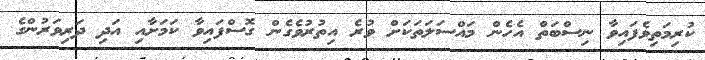
ކުރިމަތިވެފައިވާ ނިސްބަތް އެހެން މައްސަލަތަކަށް ވުރެ އިތުރުވެގެން ގޮސްފައިވާ ކަމަށާއި އަދި ދަރިވަރުންގެ